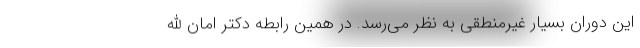
این دوران بسیار غیرمنطقی به نظر می‌رسد. در همین رابطه دکتر امان الله